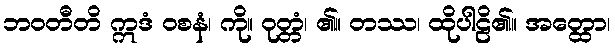
ဘဝတီတိ ဣဒံ ဝစနံ၊ ကို။ ဝုတ္တံ၊ ၏။ တဿ၊ ထိုပါဠိ၏။ အတ္ထော၊